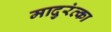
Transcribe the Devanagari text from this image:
मादुरंत्का